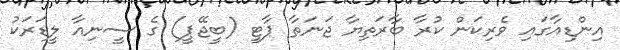
އިންޑިއާގައި ވެރިކަން ކުރާ ބާރަތިޔާ ޖަނަތާ ޕާޓީ (ބީޖޭޕީ) ގެ ސީނިއާ ލީޑަރަކު